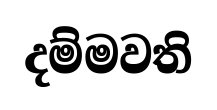
දම්මවති